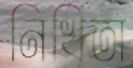
নিখিতা